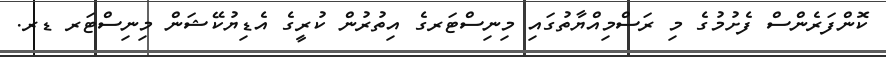
ކޮންފަރެންސް ފެށުމުގެ މި ރަސްމިއްޔާތުގައި މިނިސްޓަރގެ އިތުރުން ކުރީގެ އެޑިޔުކޭޝަން މިނިސްޓަރ ޑރ.